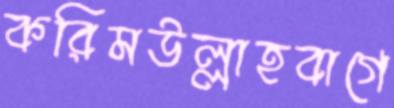
করিমউল্লাহবাগে